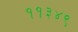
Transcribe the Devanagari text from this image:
११३४९